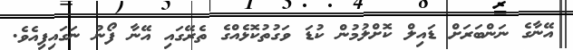
އޭނާގެ ނަންބަރަށް ޑައިލް ކޮށްލުމުން ކުޑަ ވަގުތުކޮޅެއްގެ ތެރޭގައި އޭނާ ފޯނު ނަގައިފިއެވެ.